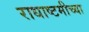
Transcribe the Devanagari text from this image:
राधाष्टमीच्या